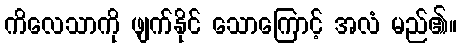
ကိလေသာကို ဖျက်နိုင် သောကြောင့် အလံ မည်၏။